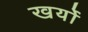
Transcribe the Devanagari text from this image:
खर्यो